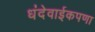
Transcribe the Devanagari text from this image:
धंदेवाईकपणा